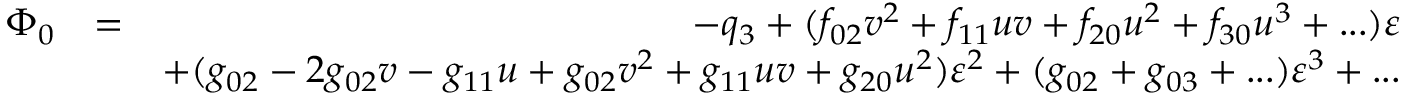
\begin{array} { r l r } { \Phi _ { 0 } } & { = } & { - q _ { 3 } + ( f _ { 0 2 } v ^ { 2 } + f _ { 1 1 } u v + f _ { 2 0 } u ^ { 2 } + f _ { 3 0 } u ^ { 3 } + . . . ) \varepsilon } \\ & { } & { + ( g _ { 0 2 } - 2 g _ { 0 2 } v - g _ { 1 1 } u + g _ { 0 2 } v ^ { 2 } + g _ { 1 1 } u v + g _ { 2 0 } u ^ { 2 } ) \varepsilon ^ { 2 } + ( g _ { 0 2 } + g _ { 0 3 } + . . . ) \varepsilon ^ { 3 } + . . . } \end{array}